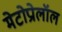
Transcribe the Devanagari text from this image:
मेटोप्रोलॉल